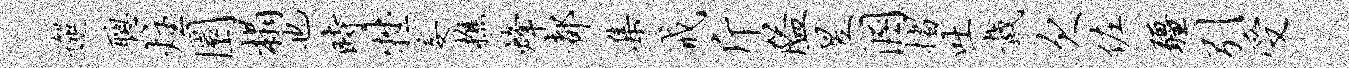
邂聪炷圜榻也时牲妄樵烽都集戒斤隘昱溷摺吐戴欠佐疆引受